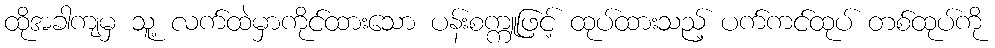
ထိုအခါကျမှ သူ့ လက်ထဲမှာကိုင်ထားသော ပန်းစက္ကူဖြင့် ထုပ်ထားသည့် ပက်ကင်ထုပ် တစ်ထုပ်ကို